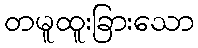
တမူထူးခြားသော